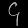
Digit: ၄